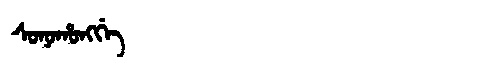
Manchu: ᠰᠣᠨᠣᡥᠣᠩᡤᡝ
Romanization: SONOHONGGE